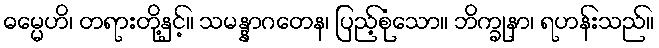
ဓမ္မေဟိ၊ တရားတို့နှင့်။ သမန္နာဂတေန၊ ပြည့်စုံသော။ ဘိက္ခုနာ၊ ရဟန်းသည်။